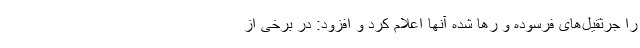
را جرثقیل‌های فرسوده و رها شده آنها اعلام کرد و افزود: در برخی از